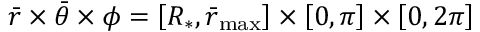
\bar { r } \times \bar { \theta } \times \phi = \left[ R _ { * } , \bar { r } _ { \mathrm { m a x } } \right] \times \left[ 0 , \pi \right] \times \left[ 0 , 2 \pi \right]